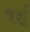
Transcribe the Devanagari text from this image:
वर्श्